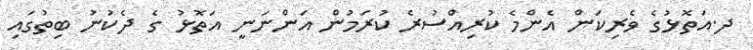
ދ.އަތޮޅުގެ ވެރިކަން އެންމެ ކުރިއްސުރެ ކުރަމުން އަންނަނީ އަތޮޅު ގެ ދެކުނު ބިތުގައި